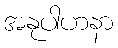
အနုပါဟနာ